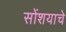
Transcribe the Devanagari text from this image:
सोंशयाचे